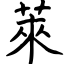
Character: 萊